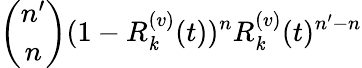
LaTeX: \binom{n^{\prime}}{n}(1-R_{\mathit{k}}^{(v)}(t))^{n}R_{\mathit{k}}^{(v)}(t)^{n^{\prime}-n}